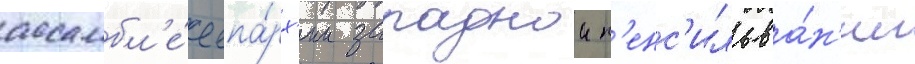
ассамбл'е́е епа́рх'ии западнои п'енс'ильва́н'ии